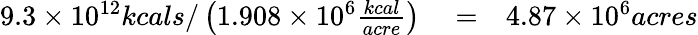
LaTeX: \begin{array}{rlr}{9.3\times 10^{12}kcals/\left(1.908\times 10^{6}\frac{kcal}{acre}\right)}&{{}=}&{4.87\times 10^{6}acres}\end{array}